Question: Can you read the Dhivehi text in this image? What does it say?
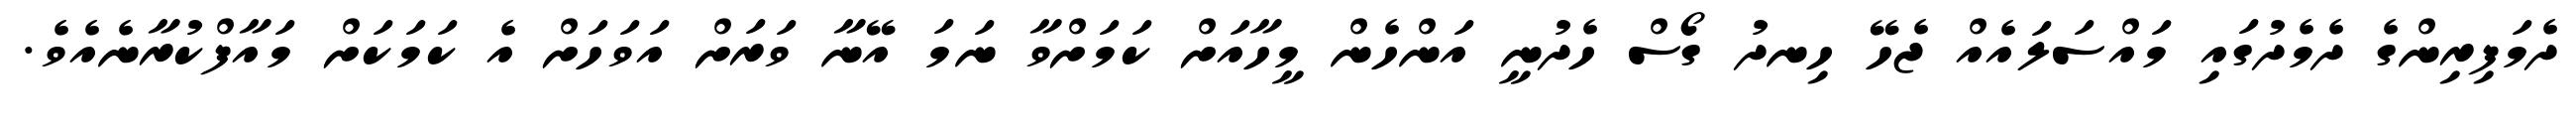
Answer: ދެމަފިރިންގެ ދެމެދުގައި މައްސަލައެއް ޖެހޭ ހިނދު ގޯސް ހެދުނީ އަންހެން މީހާއަށް ކަމަށްވާ ނަމަ އޭނާ ވަރަށް އަވަހަށް އެ ކަމަކަށް މައާފްކުރާނެއެވެ.